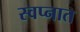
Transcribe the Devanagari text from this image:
स्‍वप्‍नात